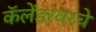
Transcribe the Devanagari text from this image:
कॅलेंडरवरचे